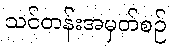
သင်တန်းအမှတ်စဉ်